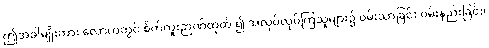
ဤအခါမျိုးကား လောကတွင် စိတ်ကူးဉာဏ်ထုတ် ၍ အလုပ်လုပ်ကြသူများ၌ ဝမ်းသာခြင်း ဝမ်းနည်းခြင်း၊